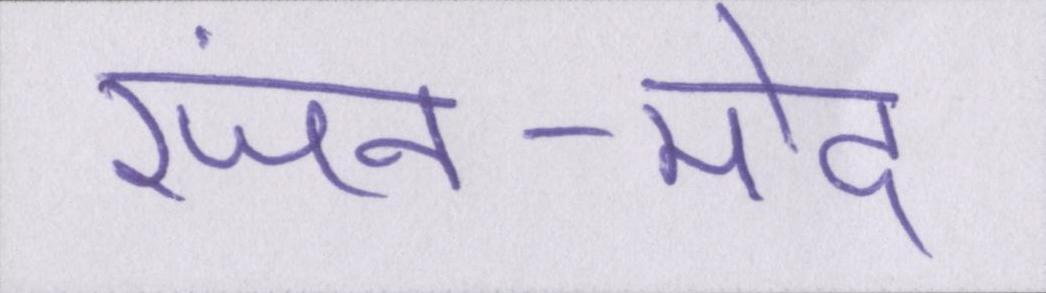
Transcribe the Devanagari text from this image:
रंजन-मोद